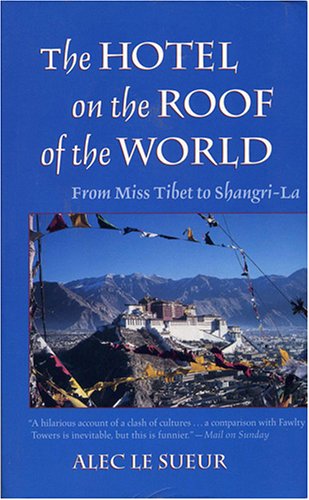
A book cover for The Hotel on the Roof of the World: From Miss Tibet to Shangri La; Alec Le Sueur; Travel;